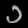
Digit: ၁